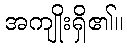
အကျိုးရှိ၏။